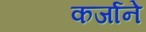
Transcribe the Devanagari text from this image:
कर्जाने